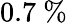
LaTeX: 0.7~\%